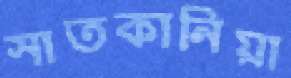
সাতকানিয়া